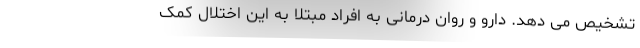
تشخیص می دهد. دارو و روان درمانی به افراد مبتلا به این اختلال کمک